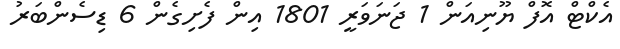
އެކްޓް އޮފް ޔޫނިއަން 1 ޖަނަވަރީ 1801 އިން ފެށިގެން 6 ޑިސެންބަރު